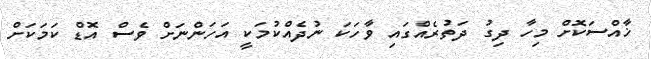
ޚާއްސަކޮށް މިހާ ދިގު ދަތުރެއްގައި ވާހަކަ ނުދެއްކުމަކީ އަހަންނަށް ވެސް އޮޑް ކަމަކަށް